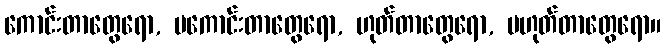
ကောင်းတာတွေရော, မကောင်းတာတွေရော, ဟုတ်တာတွေရော, မဟုတ်တာတွေရော။